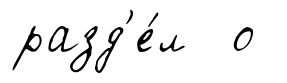
разд'е́л о